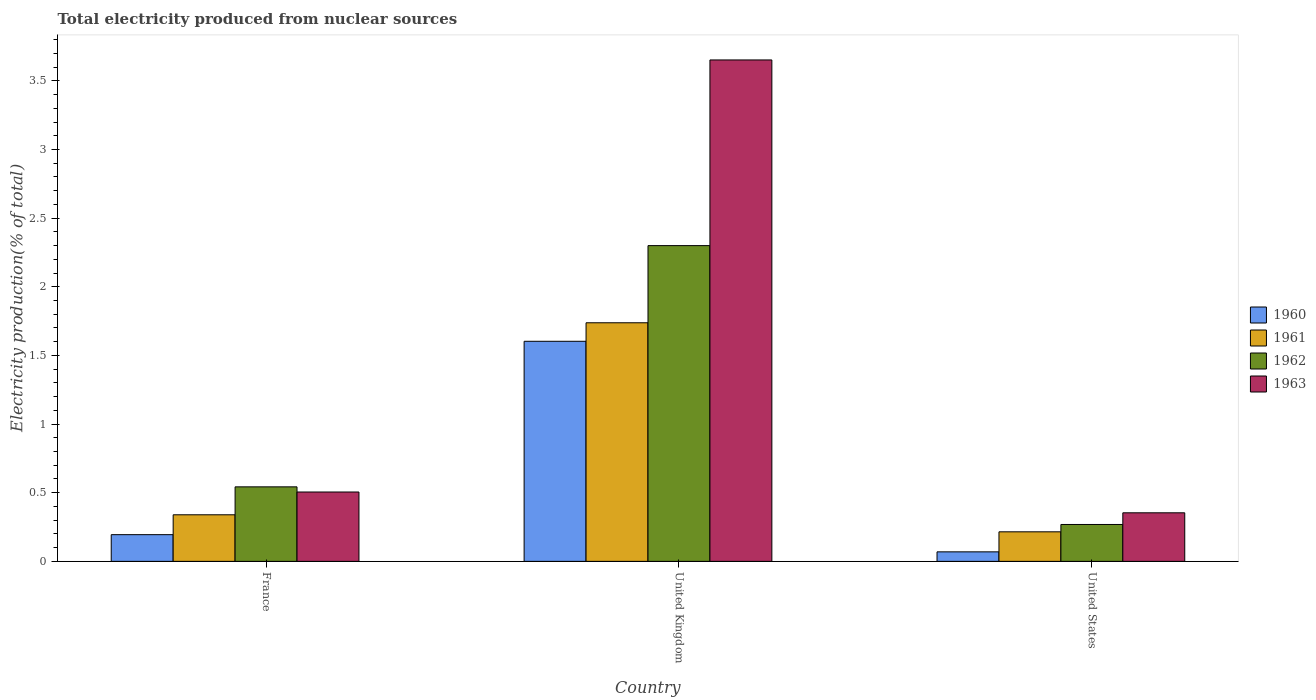
| Country | 1960 | 1961 | 1962 | 1963 |
 | --- | --- | --- | --- | --- |
 | France | 0.195 | 0.339 | 0.543 | 0.505 |
 | United Kingdom | 1.6 | 1.74 | 2.3 | 3.65 |
 | United States | 0.0693 | 0.215 | 0.269 | 0.354 |